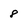
Character: 8